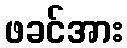
ဖခင်အား